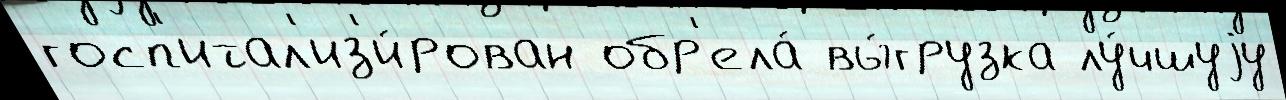
госп'итал'из'и́рован обр'ела́ вы́грузка лу́чшуjу